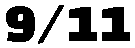
9/11